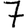
Digit: 7